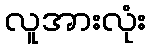
လူအားလုံး